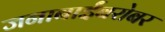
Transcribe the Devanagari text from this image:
जनाबाईंबरोबर